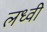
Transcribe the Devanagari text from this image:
लध्वी